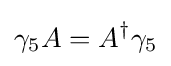
\gamma _{5}A=A^{\dagger }\gamma _{5}